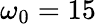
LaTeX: \omega_{0}=15